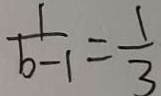
\frac { 1 } { b - 1 } = \frac { 1 } { 3 }